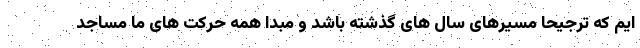
ایم که ترجیحا مسیرهای سال های گذشته باشد و مبدا همه حرکت های ما مساجد